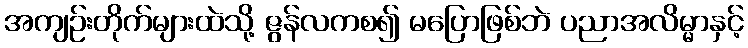
အကျဉ်းတိုက်များထဲသို့ ဇွန်လကစ၍ မပြောဖြစ်ဘဲ ပညာအလိမ္မာနှင့်